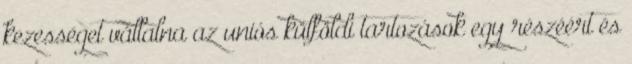
kezességet vállalna az uniós külföldi tartozások egy részéért és